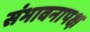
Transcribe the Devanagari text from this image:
संभावनापक्ष